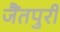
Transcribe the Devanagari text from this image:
जैंतपुरी